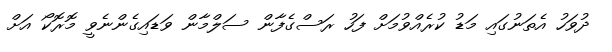
ދުވަހު އެތަނުގައި މަޑު ކުރެއްވުމަށް ފަހު ރަސްގެފާން ސަލްމާން ވަޑައިގެންނެވީ މޮރޮކޯ އަށް